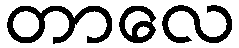
တာလေ